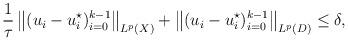
LaTeX: \begin{align*}\frac1\tau\, \big\|(u_i - u_i^\star)_{i=0}^{k-1}\big\|_{ L^p(X)}+\big\|( u_i - u_i^\star)_{i=0}^{k-1}\big\|_{ L^p(D)} \le \delta,\end{align*}